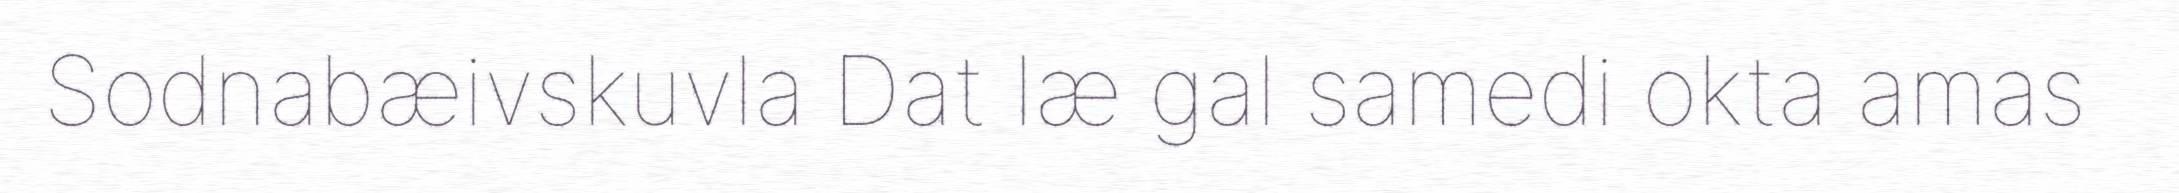
Sodnabæivskuvla Dat læ gal samedi okta amas